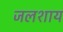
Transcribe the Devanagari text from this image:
जलशाय